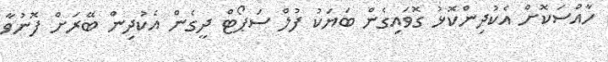
ހާއްސަކޮށް އެކުދިންކޮޅު ގޮވައިގެން ބަޔަކު ފުލް ސަޕޯޓް ދީގެން އެކުދިން ބޭރަށް ފޮނުވާ